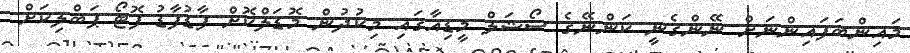
މައިންބަފައިންނަށް ނޭންގެނީ ކަންނޭގެ ސޯޝަލް މީޑިއާގައި މިކުދުން މޮޑަލްކޮށް ފާޑުފާޑު ފޮޓޯ ޕަބްލިކަށް